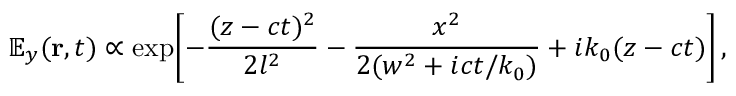
{ \mathbb E } _ { y } ( { \bf r } , t ) \propto \exp \! \left[ - \frac { ( z - c t ) ^ { 2 } } { 2 l ^ { 2 } } - \frac { x ^ { 2 } } { 2 ( w ^ { 2 } + i c t / k _ { 0 } ) } + i k _ { 0 } ( z - c t ) \right] ,